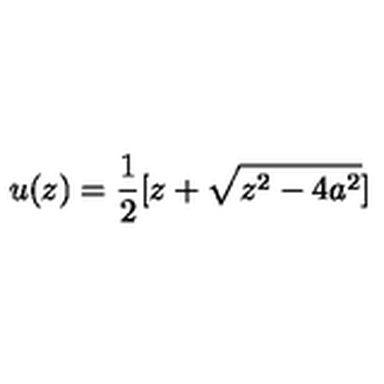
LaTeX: u ( z ) = { \frac { 1 } { 2 } } [ z + \sqrt { z ^ { 2 } - 4 a ^ { 2 } } ]